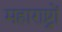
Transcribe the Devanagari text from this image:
महाराष्ट्रों